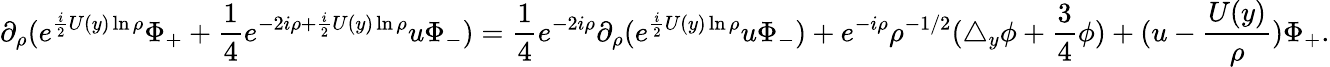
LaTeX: \partial_{\rho}(e^{\frac i2U(y)\ln\rho}\Phi_{+}+\frac 14e^{-2i\rho+\frac i2U(y)\ln\rho}u\Phi_{-})=\frac 14e^{-2i\rho}\partial_{\rho}(e^{\frac i2U(y)\ln\rho}u\Phi_{-})+e^{-i\rho}\rho^{-1/2}(\triangle_{y}\phi+\frac 34\phi)+(u-\frac{U(y)}\rho)\Phi_{+}.